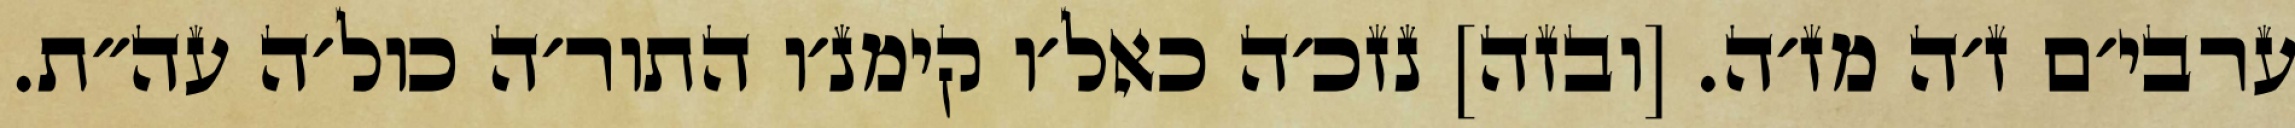
ערבי׳ם ז׳ה מז׳ה. [ובזה] נזכ׳ה כאל׳ו קימנ׳ו התור׳ה כול׳ה עה״ת.